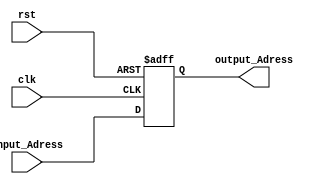
module PC (
    input   wire    clk,
    input   wire    rst,
    input   wire    [31:0]      input_Adress,

    output  reg    [31:0]       output_Adress
);

    always @(posedge clk or negedge rst)
        begin
            if (!rst)
                begin
                    output_Adress <= 32'd0;
                end
            else
                begin
                    output_Adress <= input_Adress;
                end
        end
    
endmodule